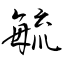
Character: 毓